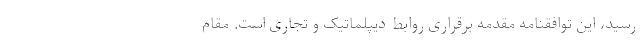
رسید، این توافقنامه مقدمه برقراری روابط دیپلماتیک و تجاری است. مقام